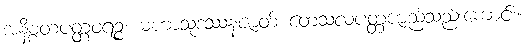
အနိစ္စတပတ္တဝရဉ္စ၊ မဟာသုဒဿနဇာတ် တေသလပတ္တဇာည်သည်းကောင်း။